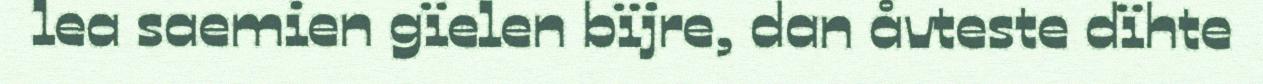
lea saemien gïelen bïjre, dan åvteste dïhte